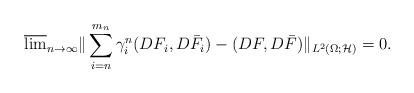
LaTeX: \begin{align*}\overline{\lim}_{n\rightarrow\infty}\Vert\sum\limits_{i=n}^{m_{n}}\gamma_{i}^{n}(D F_{i},D \bar{F}_{i})-(DF,D\bar{F})\Vert_{L^2(\Omega;\mathcal{H})}=0.\end{align*}